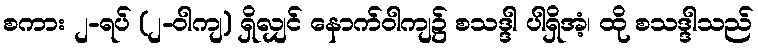
စကား ၂-ရပ် (၂-ဝါကျ) ရှိလျှင် နောက်ဝါကျ၌ စသဒ္ဒါ ပါရှိအံ့၊ ထို စသဒ္ဒါသည်